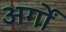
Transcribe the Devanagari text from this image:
अर्गों